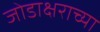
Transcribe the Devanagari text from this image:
जोडाक्षराच्या